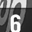
Digit: 6